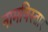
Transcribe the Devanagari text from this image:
नामविस्‍तार